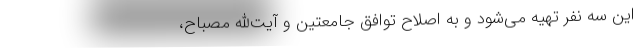
این سه نفر تهیه می‌شود و به اصلاح توافق جامعتین و آیت‌الله مصباح،